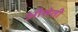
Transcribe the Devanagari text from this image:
औसेती